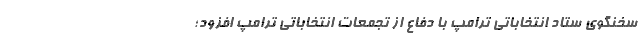
سخنگوی ستاد انتخاباتی ترامپ با دفاع از تجمعات انتخاباتی ترامپ افزود؛